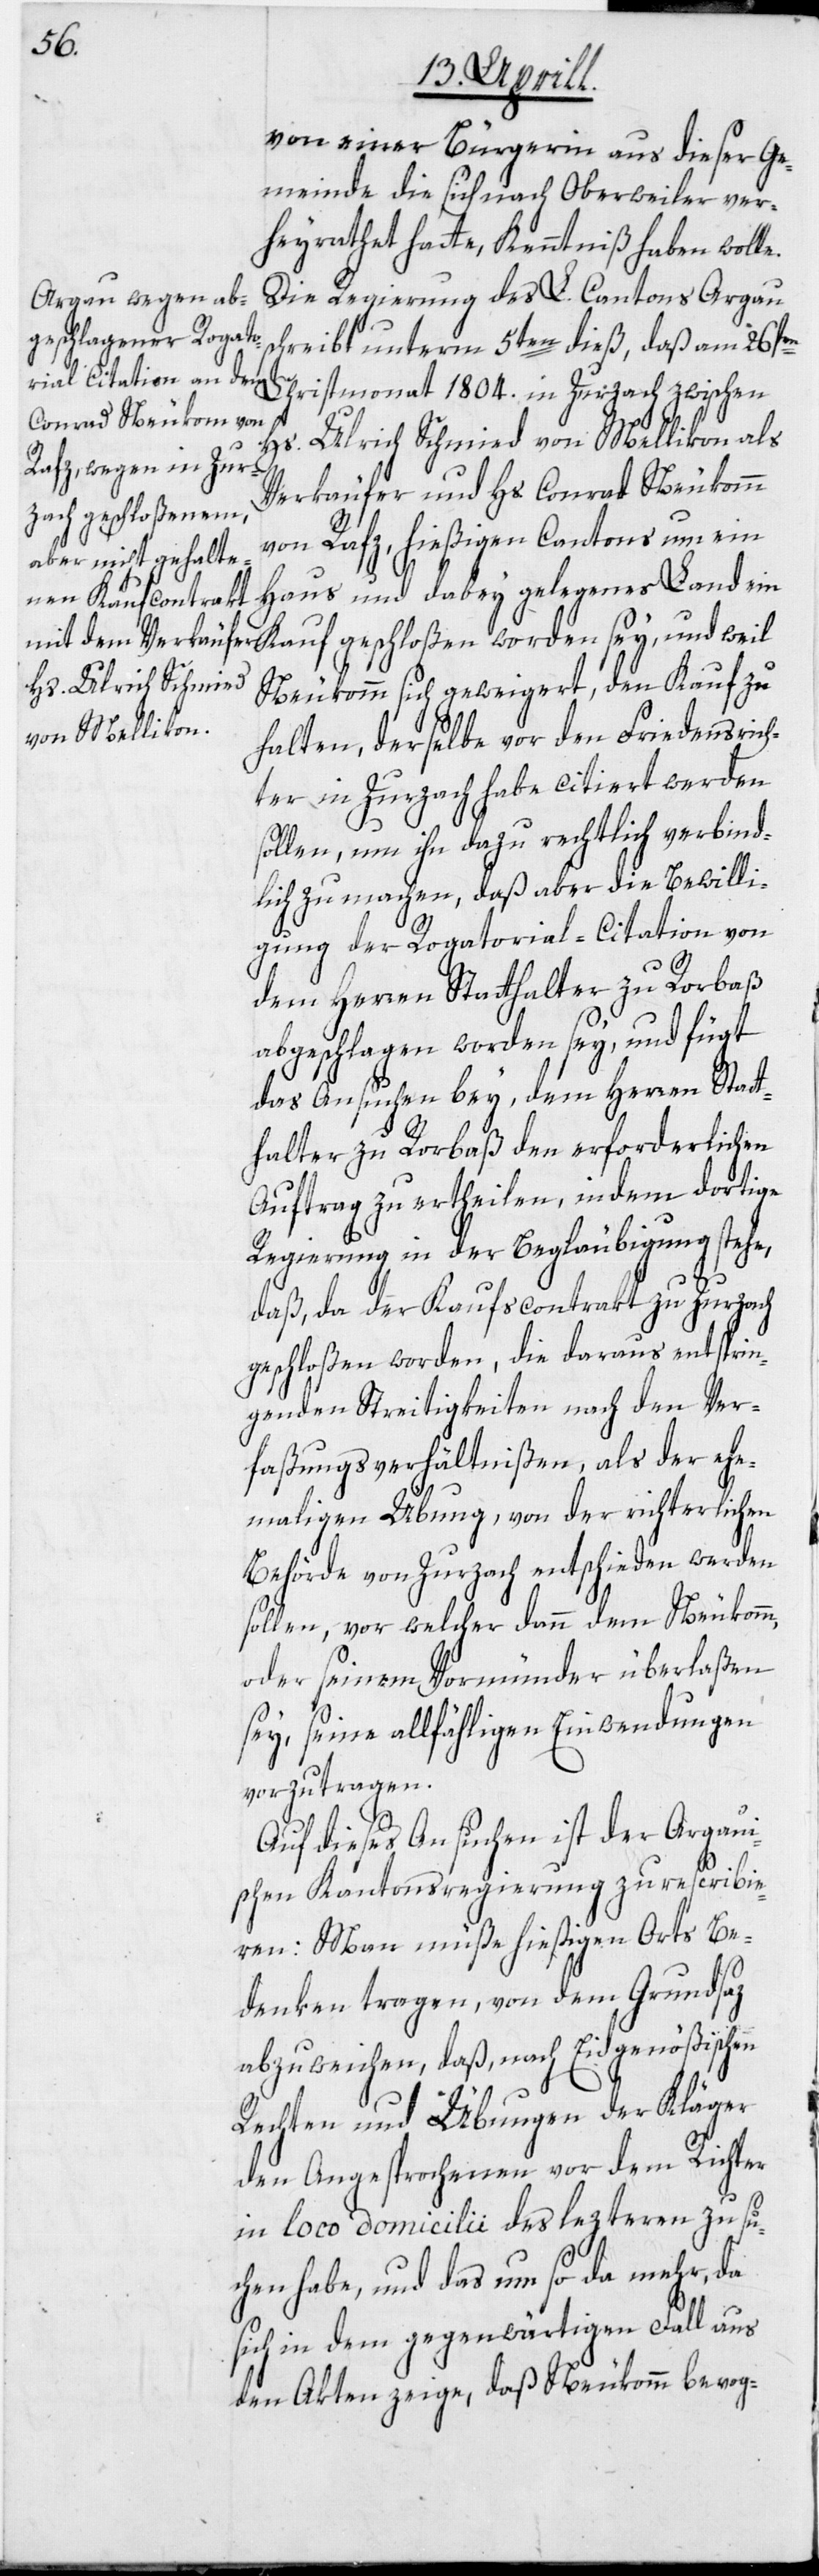
von einer Bürgerin aus dieser Ge¬
meinde die sich nach Oberweiler ver¬
heyrathet hatte, Kenntniß haben wolle.
Die Regierung des L. Cantons Argau
chreibt unterm 5ten dieß, daß am 26sten
Christmonat 1804. in Zurzach zwischen
Hs. Ulrich Schmied von Mellikon als
Verkäufer und Hs. Conrad Neukomm
von Rafz, hießigen Cantons um ein
Haus und dabey gelegenes Land ein
Neukomm sich geweigert, den Kauf zu
halten, derselbe vor den Friedensrich¬
ter in Zurzach habe citiert werden
sollen, um ihn dazu rechtlich verbind¬
lich zu machen, daß aber die Bewilli¬
gung der Rogatorial-Citation von
K¬
dem Herren Statthalter zu Rorbaß
abgeschlagen worden sey, und fügt
das Ansuchen bey, dem Herren Statt¬
halter zu Rorbaß den erforderlichen
Auftrag zu ertheilen, indem dortige
Regierung in der Begläubigung stehe,
daß, da der Kaufscontrakt zu Zurzach
geschloßen worden, die daraus entsprin¬
genden Streitigkeiten nach den Ver¬
faßungsverhältnißen, als der ehe¬
maligen Übung, von der richterlichen
Behörde von Zurzach entschieden werden
sollen, vor welcher dann dem Neukomm,
oder seinem Vormünder überlaßen
sey, seine allfähligen Einwendungen
vorzutragen.
Auf dieses Ansuchen ist der Argaui¬
schen Kantonsregierung zu resciribie¬
ren: Man müße hießigen Orts Be¬
denken tragen, von dem Grundsaz
abzuweichen, daß, nach Eidgenößischen
Rechten und Übungen der Kläger
den Angesprochenen vor dem Richter
in loco domicilii des lezteren zu su¬
chen habe, und das um so da mehr, da
sich in dem gegenwärtigen Fall aus
den Akten zeige, daß Neukomm bevog-